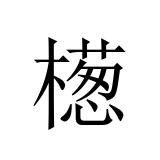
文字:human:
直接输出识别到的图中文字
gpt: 檧